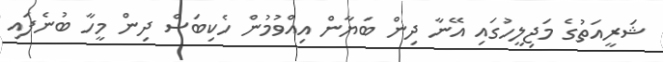
ޝަރީއަތުގެ މަޖިލީހުގައި އޭނާ ދިން ބަޔާން އިއްވުމުން ހެކިބަސް ދިން މީހާ ބުނެފައި